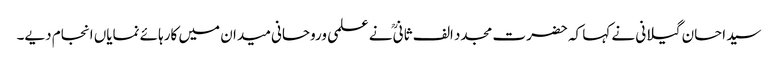
سید احسان گیلانی نے کہا کہ حضرت مجدد الف ثانیؒ نے علمی وروحانی میدان میں کارہائے نمایاں انجام دیے۔